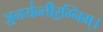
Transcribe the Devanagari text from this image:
ज॒नय॑न्तीर॒ग्निम्।